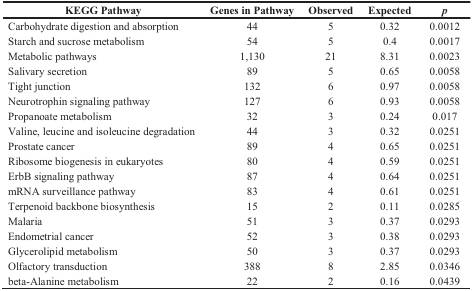
| KEGG Pathway | Genes in Pathway | Observed | Expected | p |
 | --- | --- | --- | --- | --- |
 | Carbohydrate digestion and absorption | 44 | 5 | 0.32 | 0.0012 |
 | Starch and sucrose metabolism | 54 | 5 | 0.4 | 0.0017 |
 | Metabolic pathways | 1,130 | 21 | 8.31 | 0.0023 |
 | Salivary secretion | 89 | 5 | 0.65 | 0.0058 |
 | Tight junction | 132 | 6 | 0.97 | 0.0058 |
 | Neurotrophin signaling pathway | 127 | 6 | 0.93 | 0.0058 |
 | Propanoate metabolism | 32 | 3 | 0.24 | 0.017 |
 | Valine, leucine and isoleucine degradation | 44 | 3 | 0.32 | 0.0251 |
 | Prostate cancer | 89 | 4 | 0.65 | 0.0251 |
 | Ribosome biogenesis in eukaryotes | 80 | 4 | 0.59 | 0.0251 |
 | ErbB signaling pathway | 87 | 4 | 0.64 | 0.0251 |
 | mRNA surveillance pathway | 83 | 4 | 0.61 | 0.0251 |
 | Terpenoid backbone biosynthesis | 15 | 2 | 0.11 | 0.0285 |
 | Malaria | 51 | 3 | 0.37 | 0.0293 |
 | Endometrial cancer | 52 | 3 | 0.38 | 0.0293 |
 | Glycerolipid metabolism | 50 | 3 | 0.37 | 0.0293 |
 | Olfactory transduction | 388 | 8 | 2.85 | 0.0346 |
 | beta-Alanine metabolism | 22 | 2 | 0.16 | 0.0439 |